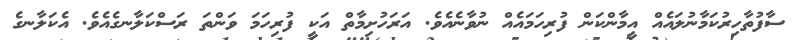
ސާފުތާހިރުކަމާނުލައެއް އީމާންކަން ފުރިހަމައެއް ނުވާނެއެވެ. އަރަހުށިމާތް އަކީ ފުރިހަމަ ވަންތަ ރަސްކަލާނގެއެވެ. އެކަލާނގެ